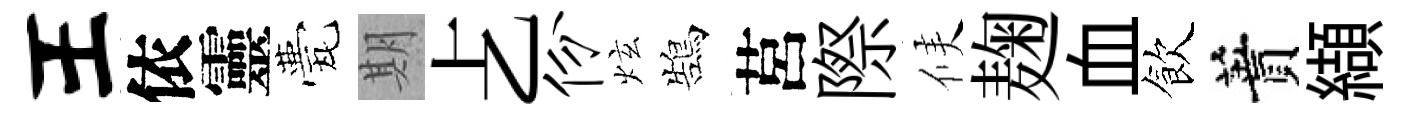
王依靈甍期𠧒份炫鵠莒際候麹血飲蕡纈